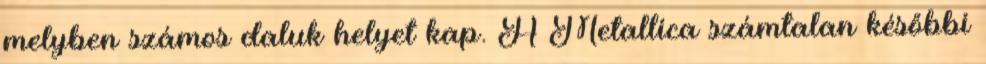
melyben számos daluk helyet kap. A Metallica számtalan későbbi